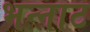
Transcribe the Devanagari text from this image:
भन्‍नाट